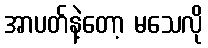
အာပတ်နဲ့တော့ မသေလို